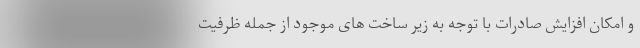
و امکان افزایش صادرات با توجه به زیر ساخت های موجود از جمله ظرفیت